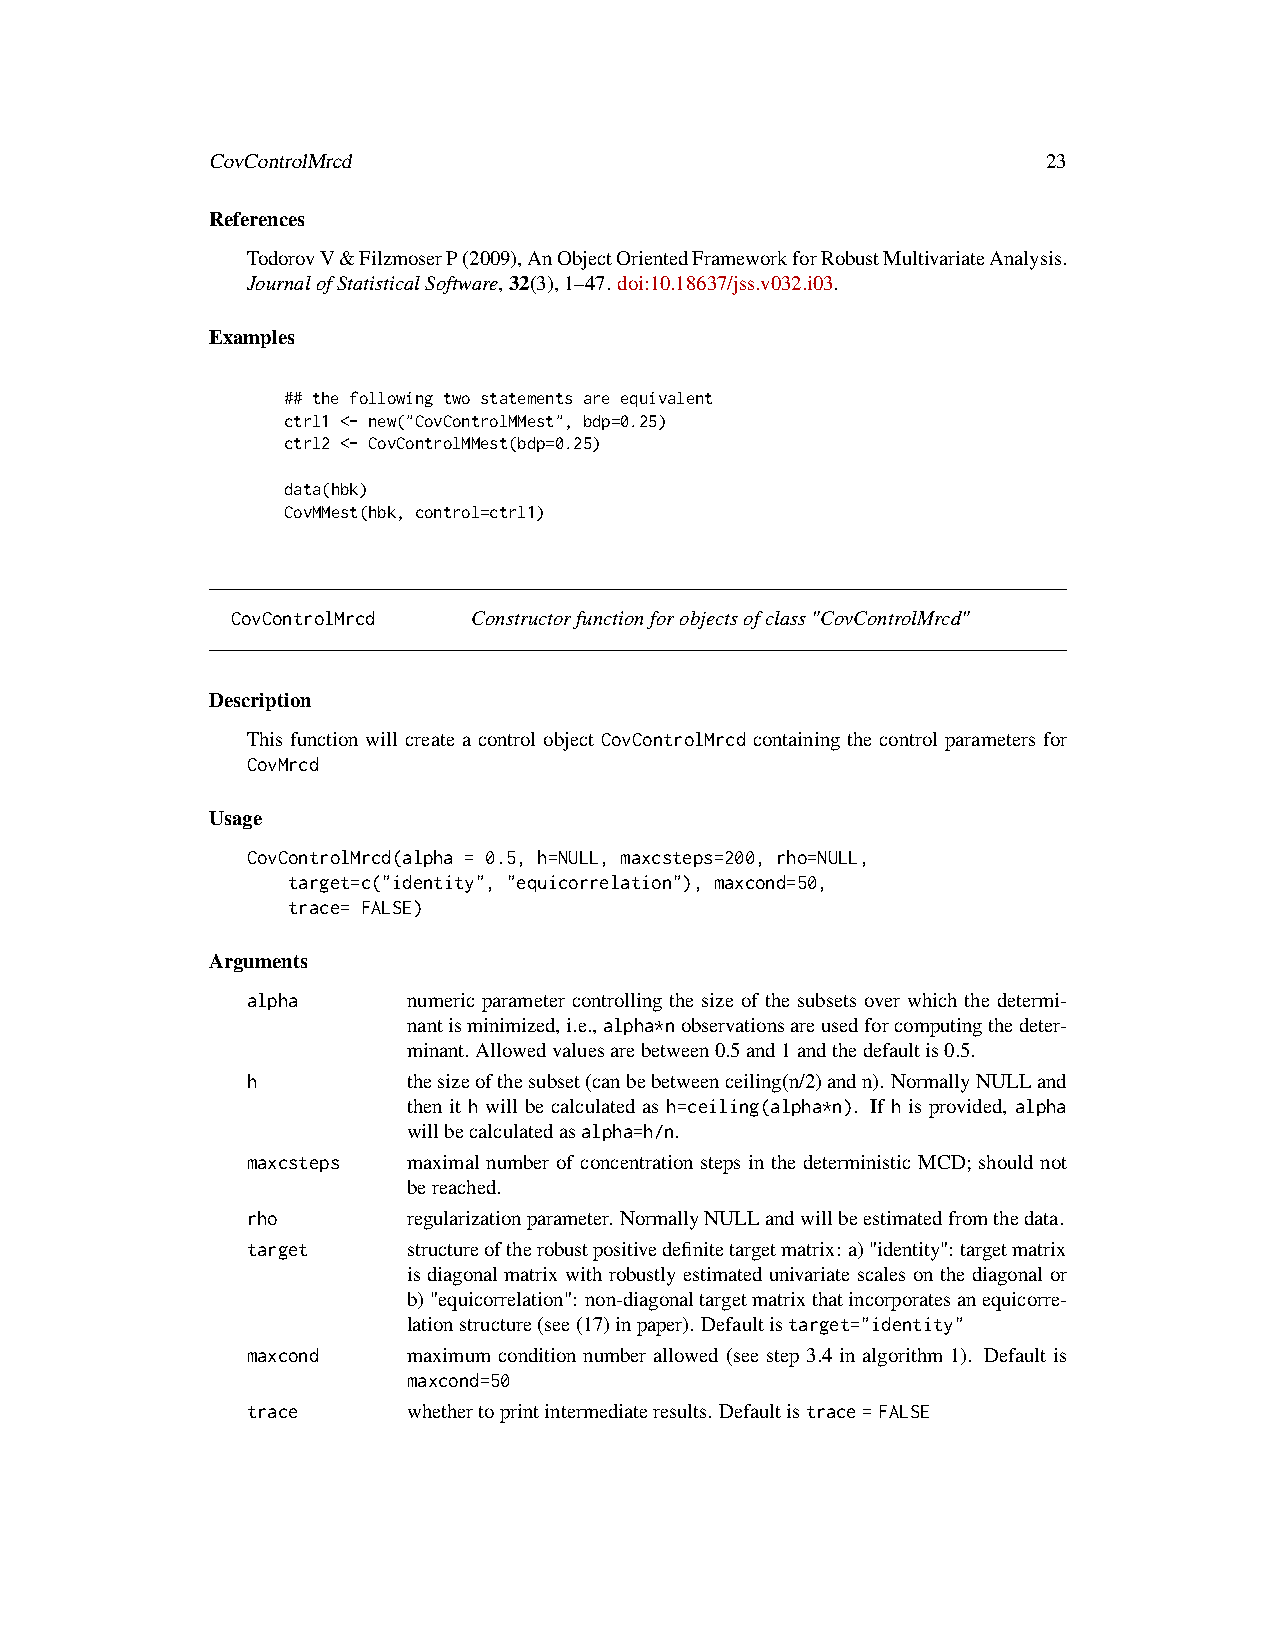
CovControlMrcd                                         23
 References
 TodorovV&FilzmoserP(2009),AnObjectOrientedFrameworkforRobustMultivariateAnalysis.
 JournalofStatisticalSoftware,32(3),1–47. doi:10.18637/jss.v032.i03.
 Examples
 ## the following two statements are equivalent
 ctrl1 <- new("CovControlMMest", bdp=0.25)
 ctrl2 <- CovControlMMest(bdp=0.25)
 data(hbk)
 CovMMest(hbk, control=ctrl1)
 CovControlMrcd  Constructorfunctionforobjectsofclass"CovControlMrcd"
 Description
 This function will create a control object CovControlMrcd containing the control parameters for
 CovMrcd
 Usage
 CovControlMrcd(alpha = 0.5, h=NULL, maxcsteps=200, rho=NULL,
 target=c("identity", "equicorrelation"), maxcond=50,
 trace= FALSE)
 Arguments
 alpha      numeric parameter controlling the size of the subsets over which the determi-
 nantisminimized,i.e.,alpha*nobservationsareusedforcomputingthedeter-
 minant. Allowedvaluesarebetween0.5and1andthedefaultis0.5.
 h          thesizeofthesubset(canbebetweenceiling(n/2)andn). NormallyNULLand
 then it h will be calculated as h=ceiling(alpha*n). If h is provided, alpha
 willbecalculatedasalpha=h/n.
 maxcsteps  maximal number of concentration steps in the deterministic MCD; should not
 bereached.
 rho        regularizationparameter. NormallyNULLandwillbeestimatedfromthedata.
 target     structureoftherobustpositivedefinitetargetmatrix:a)"identity":targetmatrix
 is diagonal matrix with robustly estimated univariate scales on the diagonal or
 b)"equicorrelation": non-diagonaltargetmatrixthatincorporatesanequicorre-
 lationstructure(see(17)inpaper). Defaultistarget="identity"
 maxcond    maximum condition number allowed (see step 3.4 in algorithm 1). Default is
 maxcond=50
 trace      whethertoprintintermediateresults. Defaultistrace=FALSE